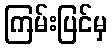
ကြမ်းပြင်မှ